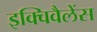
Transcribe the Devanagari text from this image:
इक्विवैलेंस